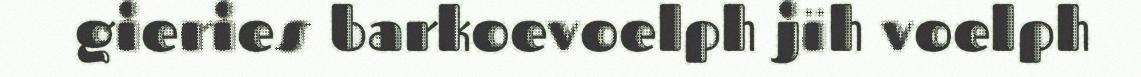
gieries barkoevoelph jïh voelph